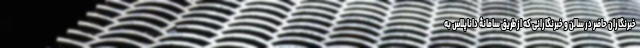
خبرنگاران حاضر در سالن و خبرنگارانی که از طریق سامانۀ داناپلاس به